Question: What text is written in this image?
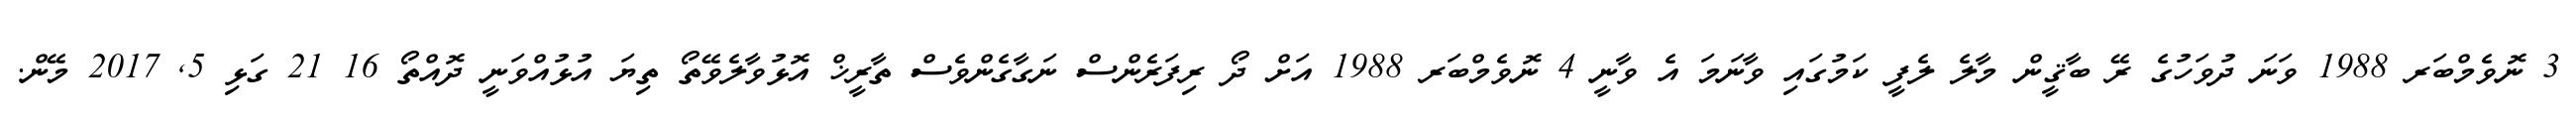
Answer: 3 ނޮވެމްބަރ 1988 ވަނަ ދުވަހުގެ ރޭ ބާޤީން މާލެ ލެފީ ކަމުގައި ވާނަމަ އެ ވާނީ 4 ނޮވެމްބަރ 1988 އަށް ދޯ ރިފަރެންސް ނަގާގެންވެސް ތާރީޚް އޮޅުވާލެވޭތޯ ތިޔަ އުޅުއްވަނީ ދޮއްތޯ 16 21 ގަޅި 5, 2017 މޭން.